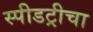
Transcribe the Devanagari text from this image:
स्पीडट्रीचा